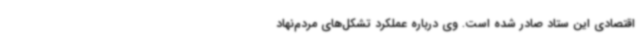
اقتصادی این ستاد صادر شده است. وی درباره عملکرد تشکل‌های مردم‌نهاد